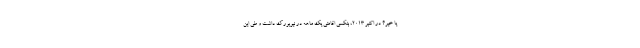
یا خیر؟ در اکتبر 2013، بنکسی اقامتی یک ماهه در نیویورک داشت و طی این